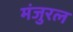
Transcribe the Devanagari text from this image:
मंजुरल